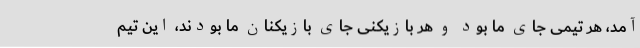
آمد، هر تیمی جای ما بود و هر بازیکنی جای بازیکنان ما بودند، این تیم